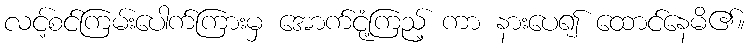
လင့်စင်ကြမ်းပေါက်ကြားမှ အောက်ငုံ့ကြည့် ကာ နားပေ၍ ထောင်နေမိ၏။